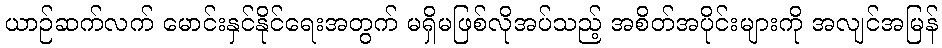
ယာဉ်ဆက်လက် မောင်းနှင်နိုင်ရေးအတွက် မရှိမဖြစ်လိုအပ်သည့် အစိတ်အပိုင်းများကို အလျင်အမြန်